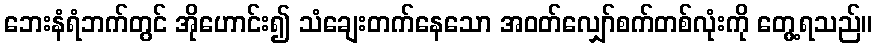
ဘေးနံရံဘက်တွင် အိုဟောင်း၍ သံချေးတက်နေသော အဝတ်လျှော်စက်တစ်လုံးကို တွေ့ရသည်။